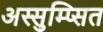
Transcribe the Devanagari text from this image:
अस्सुम्प्सित